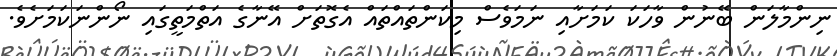
ނިންމާލަން ބޭނުން ވާހަކަ ކަމަށާއި ނަމަވެސް މިކަންތައްތައް އެގޮތަށް އޭނާގެ އަތްމަތީގައި ނޯންނަކަމަށެވެ.